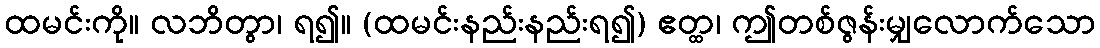
ထမင်းကို။ လဘိတွာ၊ ရ၍။ (ထမင်းနည်းနည်းရ၍) ဧတ္ထ၊ ဤတစ်ဇွန်းမျှလောက်သော